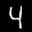
Label: 4